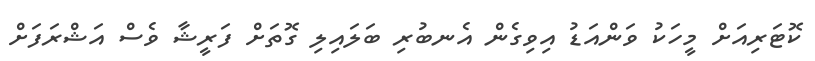
ކޮޓަރިއަށް މީހަކު ވަންއަޑު އިވިގެން އެނބުރި ބަލައިލި ގޮތަށް ފަރީޝާ ވެސް އަޝްރަފަށް